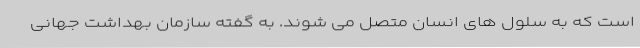
است که به سلول های انسان متصل می شوند. به گفته سازمان بهداشت جهانی